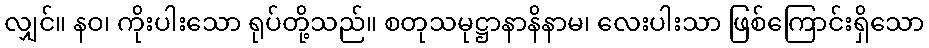
လျှင်။ နဝ၊ ကိုးပါးသော ရုပ်တို့သည်။ စတုသမုဋ္ဌာနာနိနာမ၊ လေးပါးသာ ဖြစ်ကြောင်းရှိသော